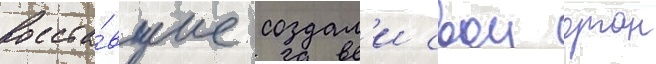
Восста́вшие создал'и свои орган